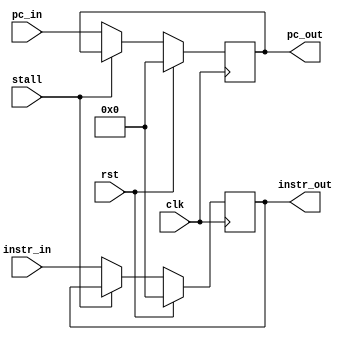
`timescale 1ns / 1ps

module StageD(
    input clk,
    input rst, // ! Sync reset
    input stall,
    input [31:0] instr_in,
    input [31:0] pc_in,
    output reg [31:0] instr_out,
    output reg [31:0] pc_out
    );

    always@(posedge clk) begin
        if(rst) begin
            instr_out <= 0;
            pc_out <= 0;
        end else if(!stall) begin
            instr_out <= instr_in;
            pc_out <= pc_in;
        end
    end

endmodule